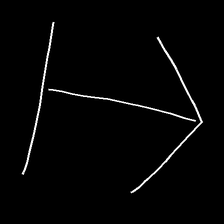
Glyph: levitation